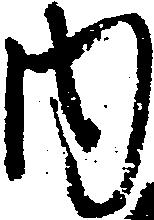
内